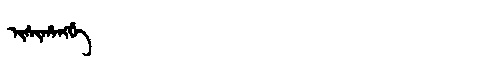
Manchu: ᡳᠰᡳᡥᠠᠩᡤᡝ
Romanization: ISIHANGGE